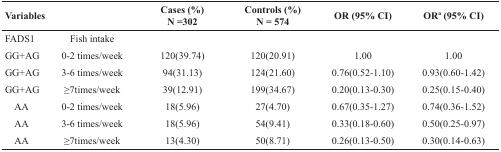
<table><thead><tr><td><b>Variables</b></td><td></td><td><b>Cases (%)N =302</b></td><td><b>Controls (%)N = 574</b></td><td><b>OR (95% CI)</b></td><td><b>OR<sup>a</sup> (95% CI)</b></td></tr></thead><tbody><tr><td>FADS1</td><td>Fish intake</td><td></td><td></td><td></td><td></td></tr><tr><td>GG+AG</td><td>0-2 times/week</td><td>120(39.74)</td><td>120(20.91)</td><td>1.00</td><td>1.00</td></tr><tr><td>GG+AG</td><td>3-6 times/week</td><td>94(31.13)</td><td>124(21.60)</td><td>0.76(0.52-1.10)</td><td>0.93(0.60-1.42)</td></tr><tr><td>GG+AG</td><td>≥7times/week</td><td>39(12.91)</td><td>199(34.67)</td><td>0.20(0.13-0.30)</td><td>0.25(0.15-0.40)</td></tr><tr><td> AA</td><td>0-2 times/week</td><td>18(5.96)</td><td>27(4.70)</td><td>0.67(0.35-1.27)</td><td>0.74(0.36-1.52)</td></tr><tr><td> AA</td><td>3-6 times/week</td><td>18(5.96)</td><td>54(9.41)</td><td>0.33(0.18-0.60)</td><td>0.50(0.25-0.97)</td></tr><tr><td> AA</td><td>≥7times/week</td><td>13(4.30)</td><td>50(8.71)</td><td>0.26(0.13-0.50)</td><td>0.30(0.14-0.63)</td></tr></tbody></table>